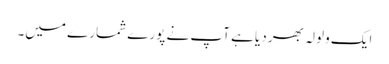
ایک ولولہ بھر دیا ہے آپ نے پورے شمارے میں۔